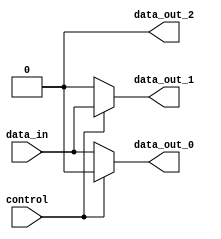
module demultiplexer (
    input wire data_in,
    input wire control,
    output wire data_out_0,
    output wire data_out_1,
    output wire data_out_2
);

    assign data_out_0 = (control == 3'b000) ? data_in : 1'b0;
    assign data_out_1 = (control == 3'b001) ? data_in : 1'b0;
    assign data_out_2 = (control == 3'b010) ? data_in : 1'b0;

endmodule